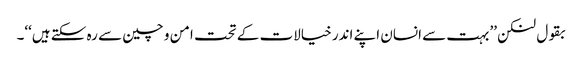
بقول لنکن ’’بہت سے انسان اپنے اندر خیالات کے تحت امن و چین سے رہ سکتے ہیں‘‘۔